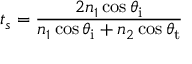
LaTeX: t _ { s } = { \frac { 2 n _ { 1 } \cos \theta _ { \mathrm { i } } } { n _ { 1 } \cos \theta _ { \mathrm { i } } + n _ { 2 } \cos \theta _ { \mathrm { t } } } }